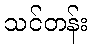
သင်တန်း